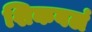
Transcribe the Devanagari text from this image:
शिकवलं